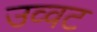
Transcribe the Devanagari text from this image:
उव्‍वट